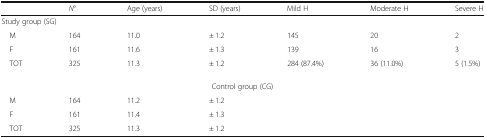
|  | N° | Age (years) | SD (years) | Mild H | Moderate H | Severe H |
 | --- | --- | --- | --- | --- | --- | --- |
 | <COLSPAN=7> Study group (SG) |
 | M | 164 | 11.0 | ± 1.2 | 145 | 20 | 2 |
 | F | 161 | 11.6 | ± 1.3 | 139 | 16 | 3 |
 | TOT | 325 | 11.3 | ± 1.2 | 284 (87.4%) | 36 (11.0%) | 5 (1.5%) |
 | <COLSPAN=7> Control group (CG) |
 | M | 164 | 11.2 | ± 1.2 |  |  |  |
 | F | 161 | 11.4 | ± 1.3 |  |  |  |
 | TOT | 325 | 11.3 | ± 1.2 |  |  |  |